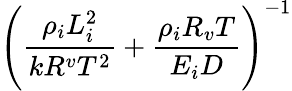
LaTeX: \left(\frac{\rho_{i}L_{i}^{2}}{kR^{v}T^{2}}+\frac{\rho_{i}R_{v}T}{E_{i}D}\right)^{-1}